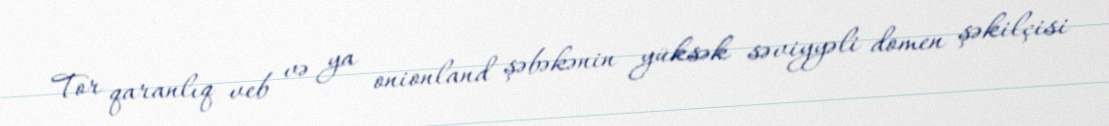
Tor qaranlıq veb və ya onionland şəbəkənin yüksək səviyyəli domen şəkilçisi